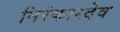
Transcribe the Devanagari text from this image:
निरंकारदेव